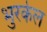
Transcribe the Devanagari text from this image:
भुरकेल